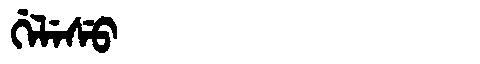
Manchu: ᡤᡝᠯᡝᠰᡠ
Romanization: GELESU